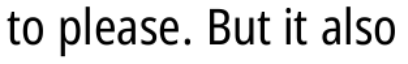
to please. But it also